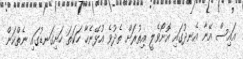
އައިސް އޭނާ އެނދުގައި އޮށޯވެލީ އިތުރަށް ތެދުވެ އުޅޭނެހާ ހަކަތަ ހަށިގަނޑުގައި ނެތްކަން